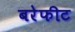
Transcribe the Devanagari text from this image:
बरेफीट